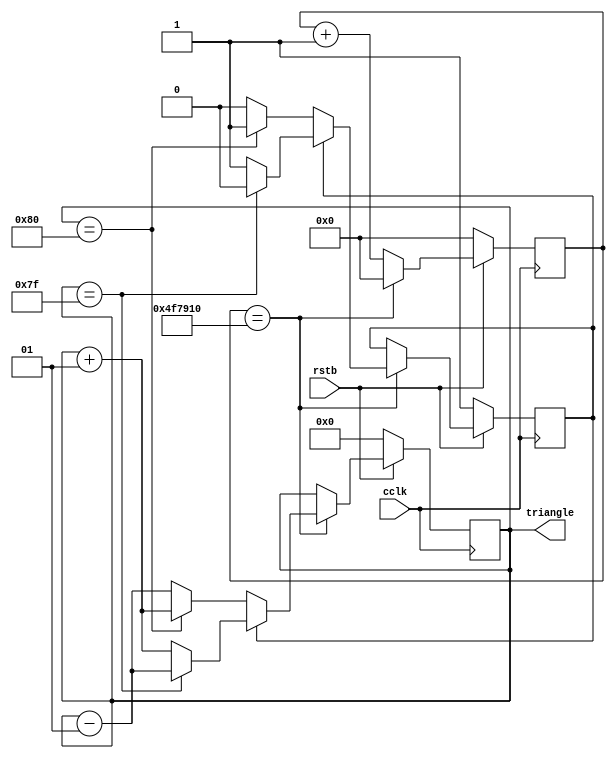
`timescale 1ns / 1ps
`default_nettype none
//////////////////////////////////////////////////////////////////////////////////
// 
// Module Name:    triangle 
// Description: 
//
//////////////////////////////////////////////////////////////////////////////////
module triangle(cclk,rstb,triangle);
	//port definitions
	input  wire cclk;
	input  wire rstb;
	output reg signed [7:0] triangle; // goes to motor velocity
   
   // Scales back the clock by a factor of 500M / 768 = 651042 so that we
   // perform 768 increments/decrements in about 5 seconds.
   reg [23:0] counter;
   
   reg updown; // 1 = going up, 0 = going down
	
	//create a triangle wave centered at zero that has a period of ~5 seconds (assuming a 100MHz input clock)
   always @(posedge(cclk)) begin
      if (~rstb) begin
         counter <= 24'b0;
         triangle <= 8'b0;
         updown <= 1'b1;
      end else begin
         if (counter == 5208336) begin
            if (updown == 1'b1) begin
               if (triangle == 8'h7f) begin
                  updown <= 0;
                  triangle <= triangle - 1;
               end else begin
                  triangle <= triangle + 1;
               end
            end else begin
               if (triangle == 8'h80) begin
                  updown <= 1;
                  triangle <= triangle + 1;
               end else begin
                  triangle <= triangle - 1;
               end
            end
            counter <= 0;
         end else begin
            counter <= counter + 1;
         end
      end
   end

endmodule
`default_nettype wire